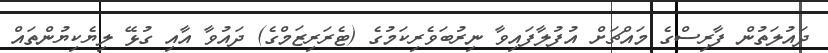
ދައުލަތުން ފާރިސްގެ މައްޗަށް އުފުލާފައިވާ ނިރުބަވެރިކަމުގެ (ޓެރަރިޒަމްގެ) ދައުވާ އާއި ގުޅޭ ލިޔެކިޔުންތައް